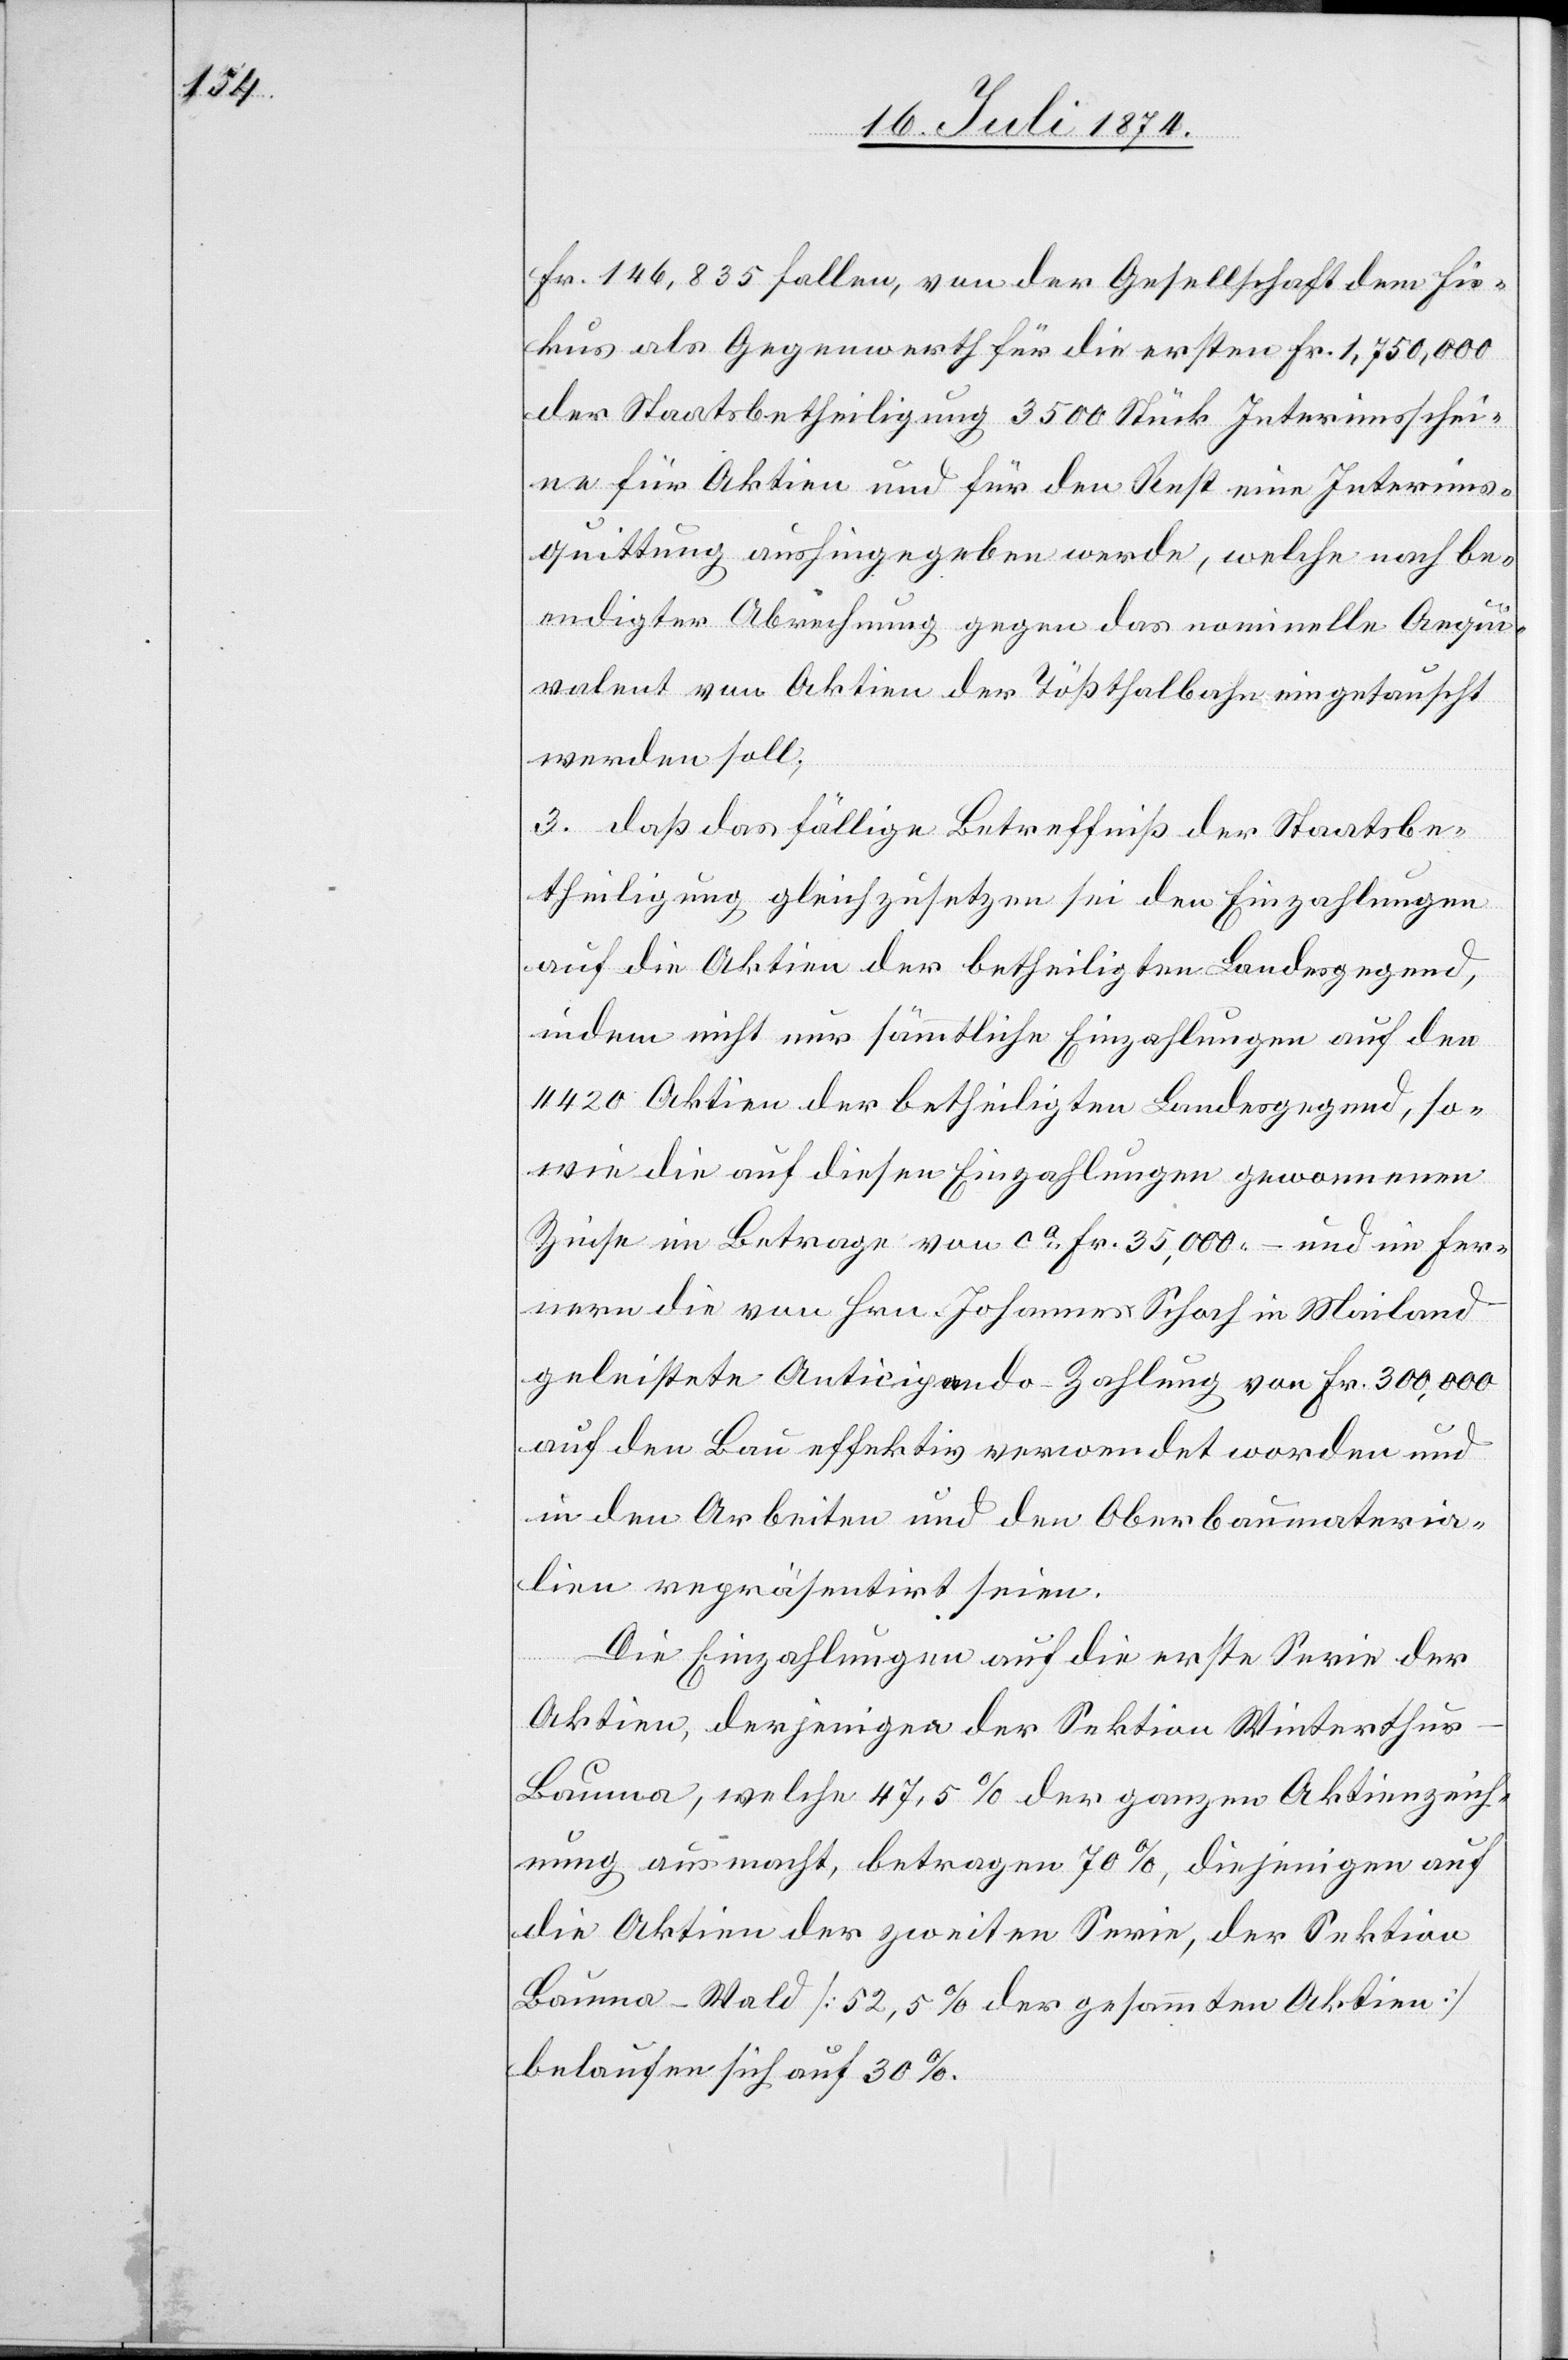
Fr. 146,835 fallen, von der Gesellschaft dem Fis¬
kus als Gegenwerth für die ersten Fr. 1,750,000
der Staatsbetheiligung 3500 Stück Interimsschei¬
ne für Aktien und für den Rest eine Interims¬
quittung aushingegeben werde, welche nach be¬
endigten Abrechnungen gegen das nominelle Aequi¬
valent von Akten der Tößthalbahn eingetauscht
werden soll;
3. daß das fällige Betreffniß der Staatsbe¬
theiligung gleichzusetzen sei den Einzahlungen
auf die Aktien der betheiligten Landesgegend,
indem nicht nur sämmtliche Einzahlungen auf den
4420 Aktien der betheiligten Landesgegend, so¬
wie die auf diesen Einzahlungen gewonnenen
Zinse im Betrage von ca Fr. 35,000.– und im fer¬
nern die von Hrn. Johannes Schoch in Mailand
geleistete Anticipando-Zahlung von Fr. 300,000
auf den Bau effektiv verwendet worden und
in den Arbeiten und den Oberbaumateria¬
lien repräsentirt seien.
Die Einzahlungen auf die erste Serie der
Aktien, derjenigen der Sektion Winterthur–B¬
auma, welche 47,5% der ganzen Aktienzeich¬
nung ausmacht, betragen 70%, diejenigen auf
die Aktien der zweiten Serie, der Sektion
Bauma–Wald [52,5% der gesammten Aktien]
belaufen sich auf 30%.